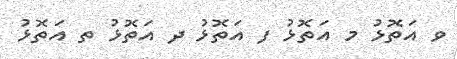
ވ އަތޮޅު މ އަތޮޅު ފ އަތޮޅު ދ އަތޮޅު ތ އަތޮޅު